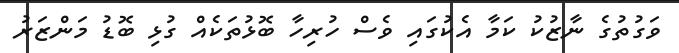
ވަގުތުގެ ނާޒުކު ކަމާ އެކުގައި ވެސް ހުރިހާ ބޮޅުތަކެއް ގުޅި ބޮޑު މަންޒަރު